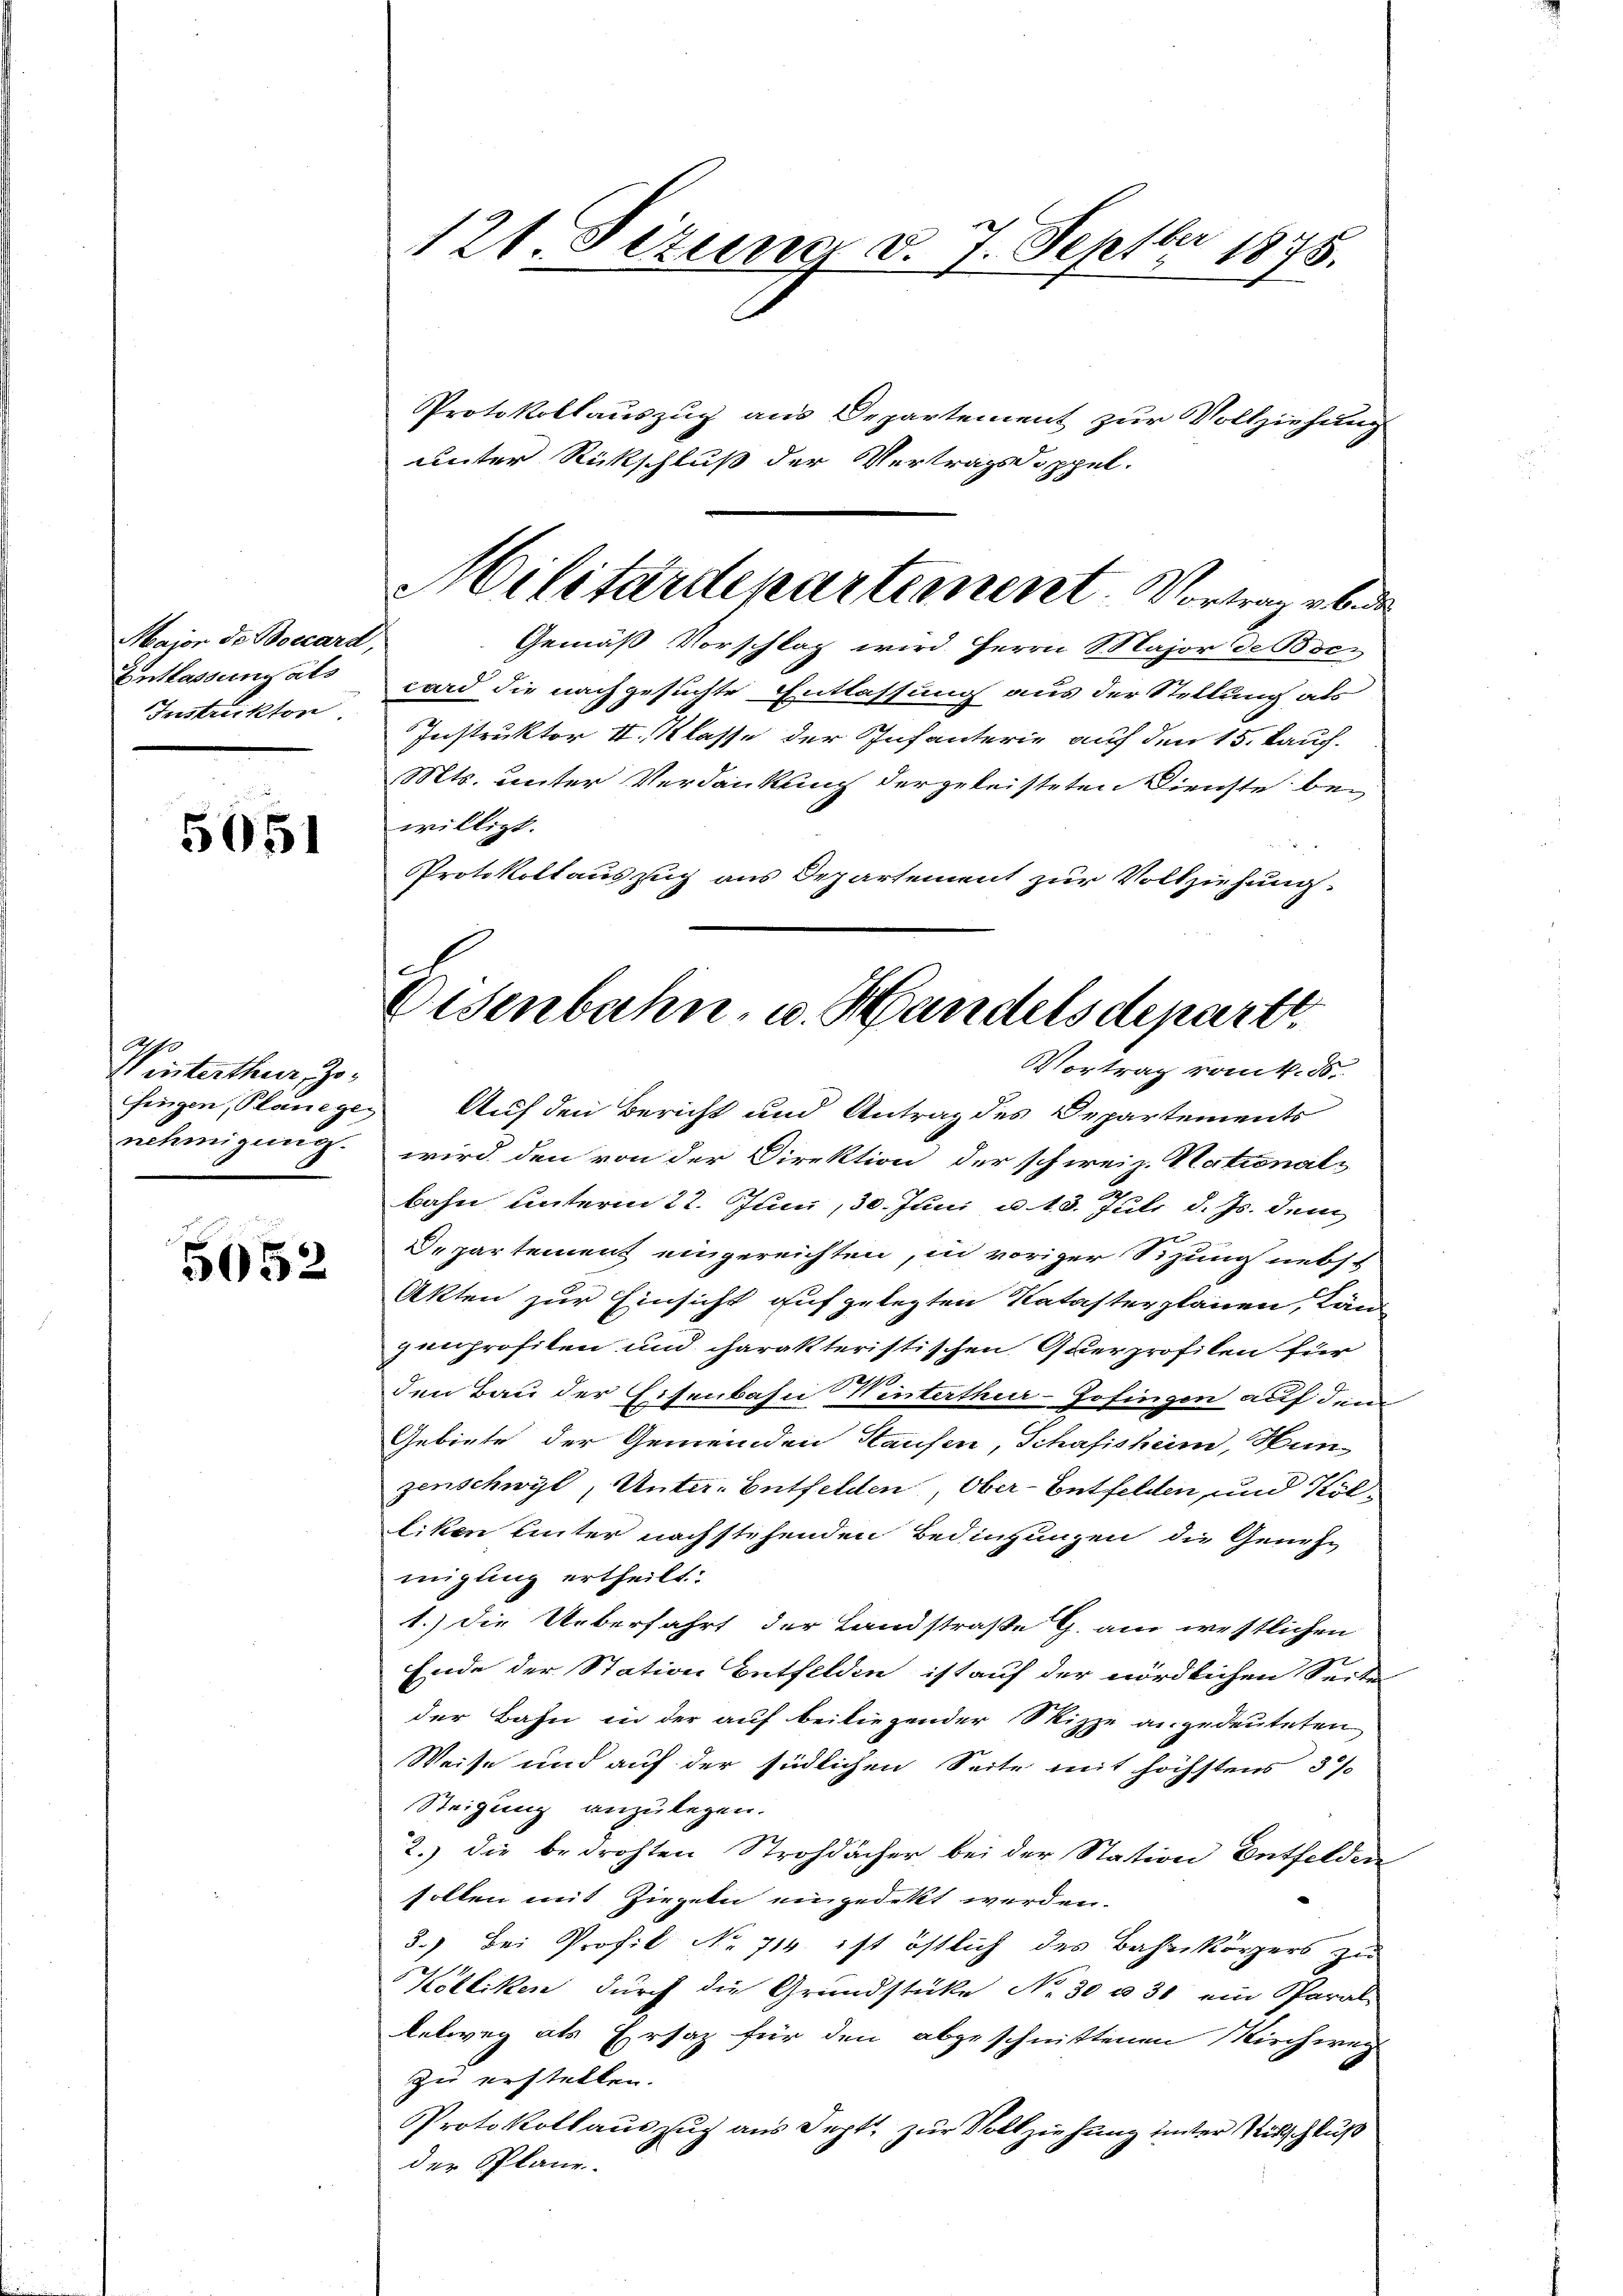
Maion de Boccard,
Entlassung als
Instrukton

5051

Winterthur, Jofingen, Planege
nehmigung.

5052

121. Sezung d. 7. Septbr 1875.

Protokollauszug aus Departement zur Vollziehung
unter Rückschluß der Vertragsdoppel.
Gemäß Vorschlag wird Herrn S. Major de Boc
card die nachgesuchte Entlassung aus der Stellung als
Instruktor II. Klasse der Infanterie auf den 15. Jauch.
Mts. unter Verdankung dergeleisteten Dienste bei
willigt.
Protokollauszug aus Departement zur Vollziehung.
Auf den Bericht und Antrag des Departements
wird den von der Direktion der schweiz. Stational-
bahn unterm 22. Juni, 30. Juni u. 13. Juli d. Js. dem
Departement eingereichten, in voriger Sitzung nebst
Akten zur Einsicht aufgelegten Katasterplanen, Län
genprofiten und charakteristischen Querprofilen für
den Bau der Eisenbahn Winterthur-Jofingen auf dem
Gebiete der Gemeinden Haufen, Schafisheim, Hun
zenschwyl, Unter. Entfelden, Ober-Entfelden, und Kolliken Unter nachstehenden Bedingungen die Genehmigung ertheilt.
1.) Die Ueberfahrt der Landstraße G. am westlichen
Ende der Station Entfelden ist auf der nördlichen Seite
der Bahn in der auf beiliegender Skizze angedeuteten
Weise und auf der südlichen Seite mit höchstens 37
Steigung anzulegen.
2.) die bedrohten Strohdächer bei der Station Entfelden
sollen mit Ziegeln eingedeckt werden.
3.) Bei Profil No 714 ist östlich des Bahnkörpers zu
Kölliken durch die Grundstücke No 30 u 30 ein Paral
letweg als Ersatz für den abgeschnittenen Kirchweg
zu erstellen.
Protokollauszug aus Sept, zur Vollziehung unter Ritschluß
der Pläne.

Militärdepartement Vortrage bede

Eisenbahn, u. Handelsdeparti,
Vortrag vom 4. ds.